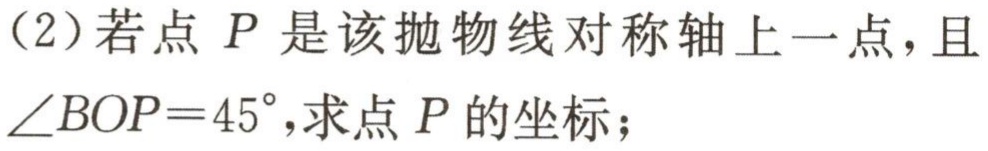
（2）若点 \(P\) 是该抛物线对称轴上一点，且\(\angle BOP = 45^{\circ}\)，求点 \(P\) 的坐标；